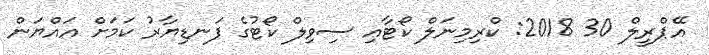
އޭޕްރީލް 30 2018: ކްރިމިނަލް ކޯޓާއި ސިވިލް ކޯޓުގެ ފަނޑިޔާރު ކަމަށް އައްޔަން